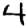
Digit: 4